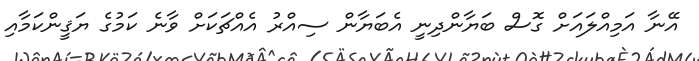
އޭނާ އަމިއްލައަށް ގޮސް ބަޔާންދިނީ އެބަޔާން ސިއްރު އެއްޗަކަށް ވާނެ ކަމުގެ ޔަޤީންކަމާއި